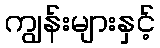
ကျွန်းများနှင့်